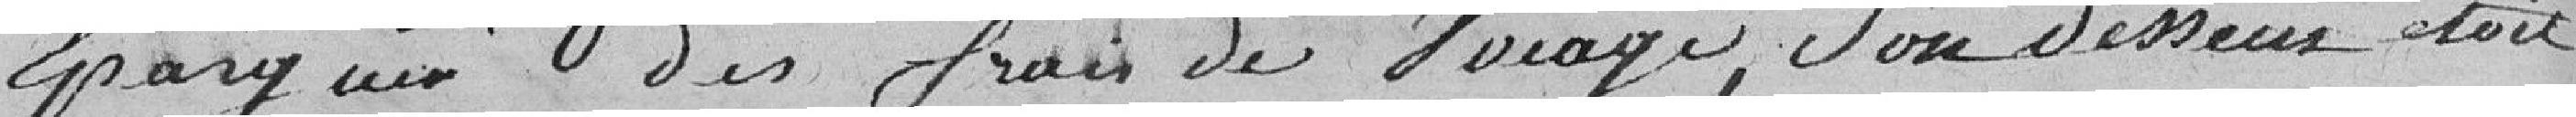
épargner des frais de voyage, son dessein était